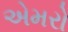
એમરો